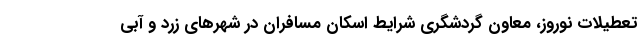
تعطیلات نوروز، معاون گردشگری شرایط اسکان مسافران در شهرهای زرد و آبی